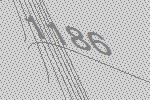
1186